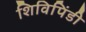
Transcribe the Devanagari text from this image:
शिविपिंडी